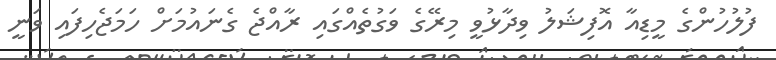
ފުލުހުންގެ މީޑިއާ އޮފިޝަލު ވިދާޅުވީ މިރޭގެ ވަގުތެއްގައި ރާއްޖެ ގެނައުމަށް ހަމަޖެހިފައި ވަނީ